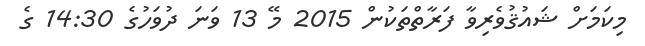
މިކަމަށް ޝައުޤުވެރިވާ ފަރާތްތަކުން 2015 މޭ 13 ވަނަ ދުވަހުގެ 14:30 ގެ